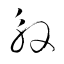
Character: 殷